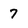
Character: 7